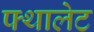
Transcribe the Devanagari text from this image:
फ्थालेट